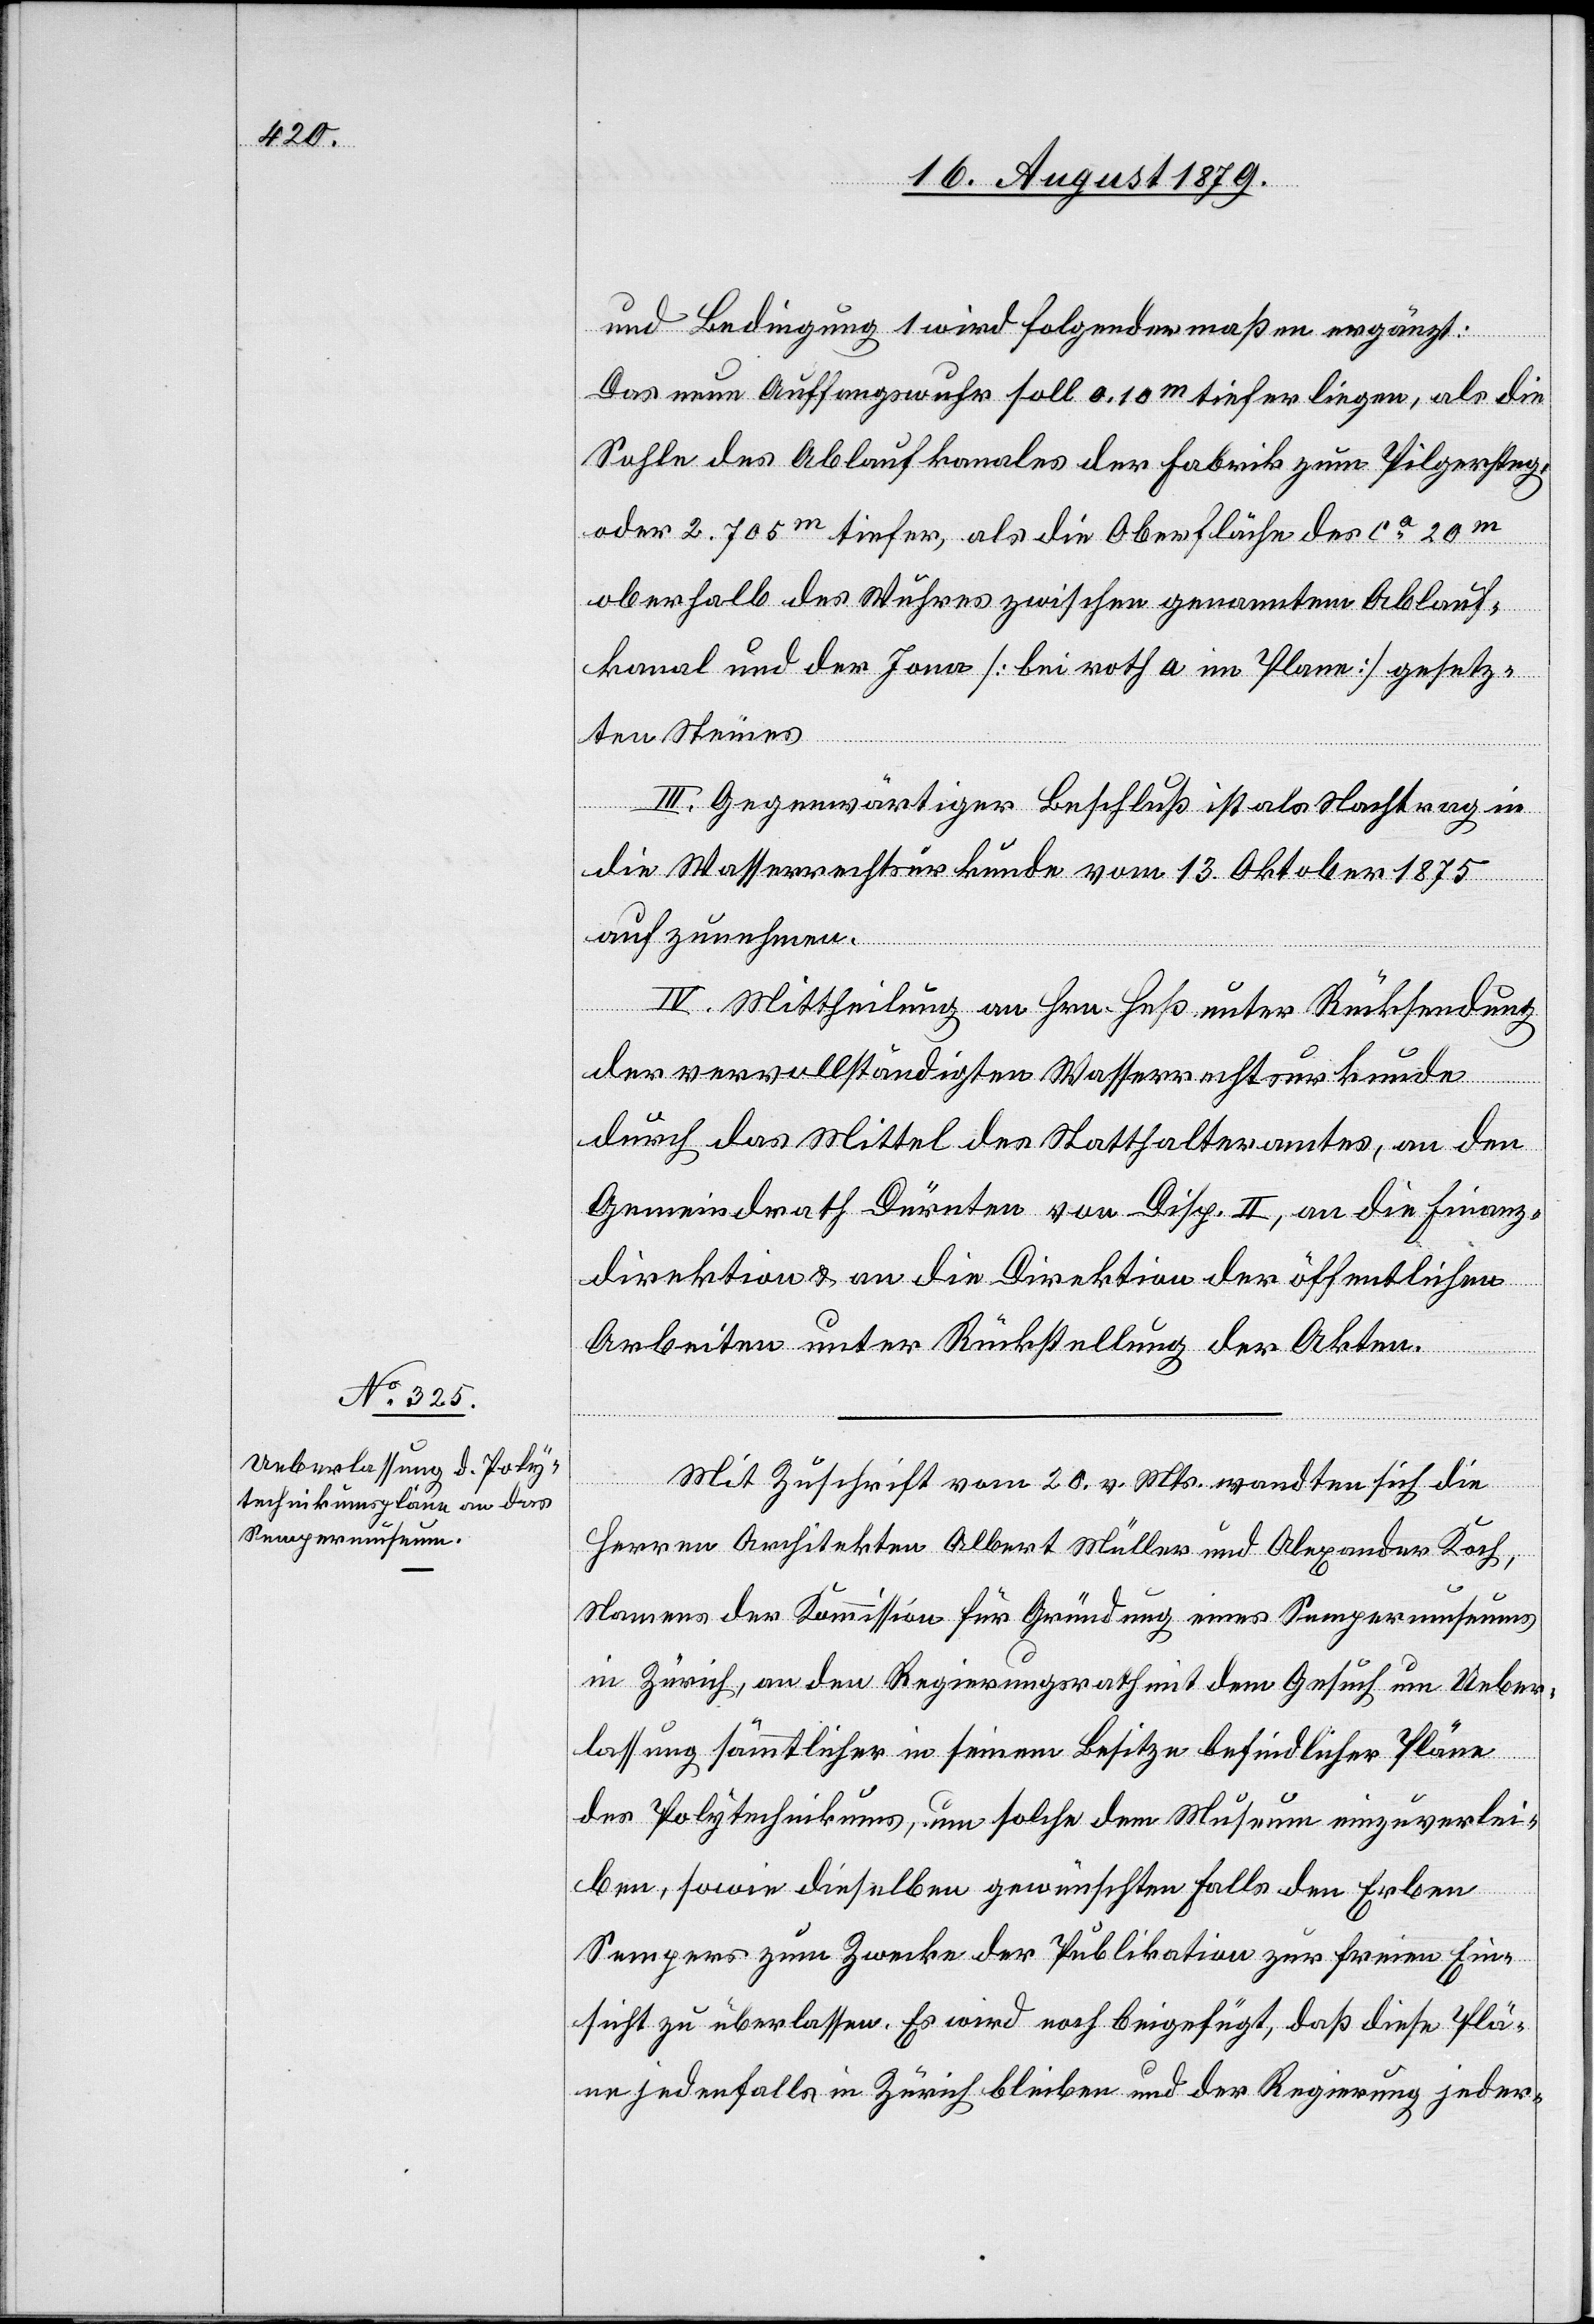
und Bedingung 1 wird folgendermaßen ergänzt:
Das neue Auffangswuhr soll 0,10m tiefer liegen, als die
Sohle des Ablaufkanales der Fabrik zum Pilgersteg
oder 2.705m tiefer, als die Oberfläche des ca 20m
oberhalb des Wuhres zwischen genanntem Ablauf¬
kanal und der Jona [bei roth a im Plane] gesetz¬
ten Steines.
III. Gegenwärtiger Beschluß ist als Nachtrag in
die Wasserrechtsurkunde vom 13. Oktober 1875
aufzunehmen.
IV. Mittheilung an Hrn. Heß unter Rücksendung
der vervollständigten Wasserrechtsurkunde
durch das Mittel des Statthalteramtes, an den
Gemeindrath Dürnten von Disp. II, an die Finanz¬
direktion & an die Direktion der öffentlichen
Arbeiten unter Rückstellung der Akten.
Mit Zuschrift vom 20. v. Mts. wandten sich die
Herren Architekten Albert Müller und Alexander Koch,
Namens der Kommission für Gründung eines Sempermuseums
in Zürich, an den Regierungsrath mit dem Gesuch um Ueber¬
lassung sämmtlicher in seinem Besitze befindlicher Pläne
des Polytechnikums, um solche dem Museum einzuverlei¬
ben, sowie dieselben gewünschten Falls den Erben
Sempers zum Zwecke der Publikation zur freien Ein¬
sicht zu überlassen. Es wird noch beigefügt, daß diese Plä¬
ne jedenfalls in Zürich bleiben und der Regierung jeder-